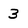
Character: 3